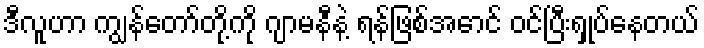
ဒီလူဟာ ကျွန်တော်တို့ကို ဂျာမနီနဲ့ ရန်ဖြစ်အောင် ဝင်ပြီးရှုပ်နေတယ်